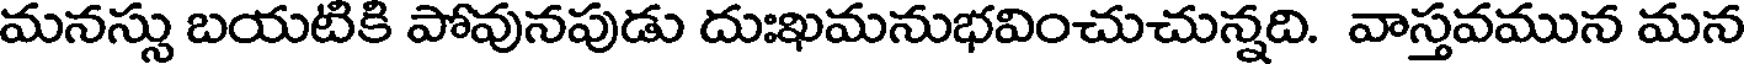
మనస్సు బయటికి పోవునపుడు దుఃఖమనుభవించుచున్నది. వాస్తవమున మన